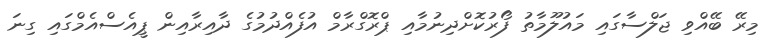
މިރޭ ބޭއްވި ޖަލްސާގައި މައުލޫމާތު ފޯރުކޮށްދިނުމާއި ޕްރޮގްރާމް އުފެއްދުމުގެ ދާއިރާއިން ޕީއެސްއެމްގައި ގިނަ